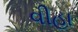
વીહા